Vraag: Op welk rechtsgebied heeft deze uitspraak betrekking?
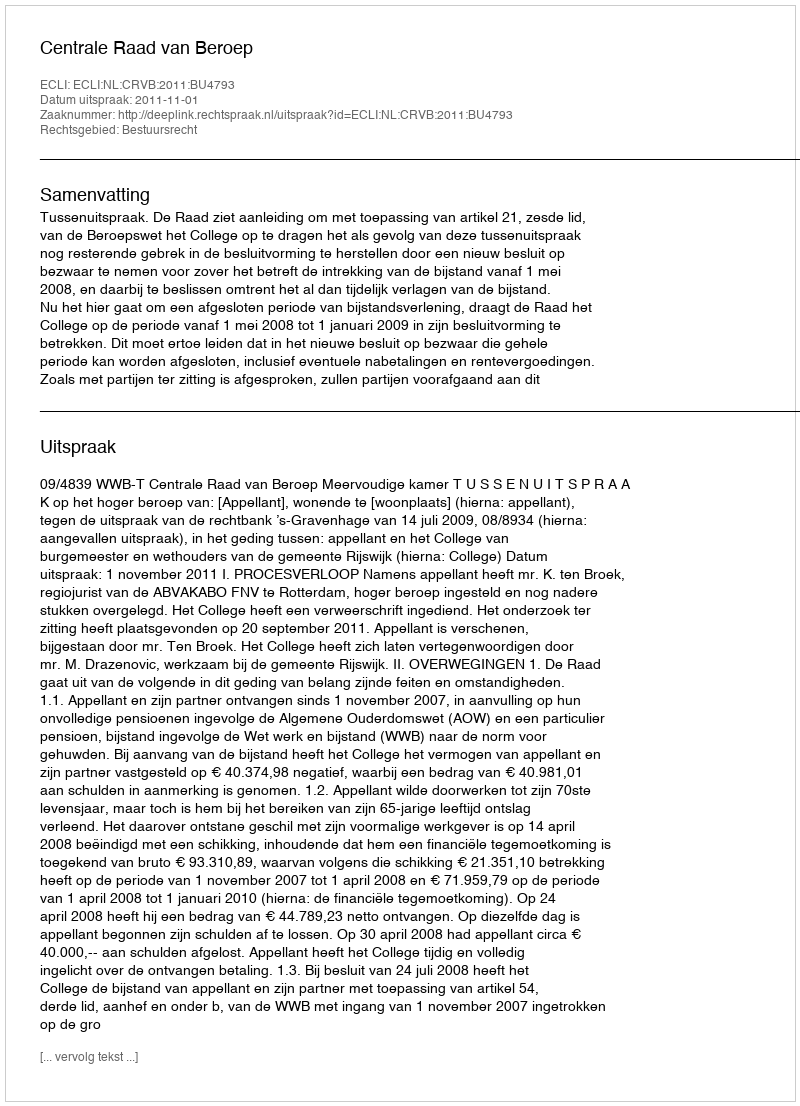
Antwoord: Bestuursrecht